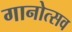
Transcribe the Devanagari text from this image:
गानोत्सव